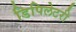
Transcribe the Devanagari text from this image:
डिपिलेटरी